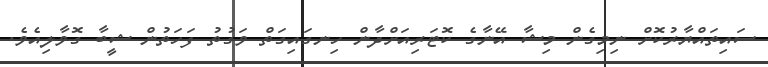
ސައިތައްޔާރުކޮށް ނިމިގެން މިޝާ އޭނާގެ ކޮޓަރިއަށްދާން ހިނގައިގަތް ވަގުތު ފަހަތުން ޝީބާ ގޮވާލިއެވެ.